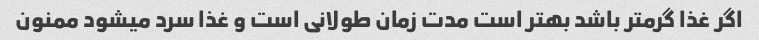
اگر غذا گرمتر باشد بهتر است مدت زمان طولانی است و غذا سرد میشود ممنون